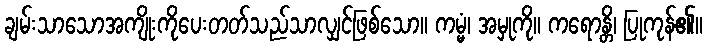
ချမ်းသာသောအကျိုးကိုပေးတတ်သည်သာလျှင်ဖြစ်သော။ ကမ္မံ၊ အမှုကို။ ကရောန္တိ၊ ပြုကုန်၏။